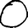
Digit: 0